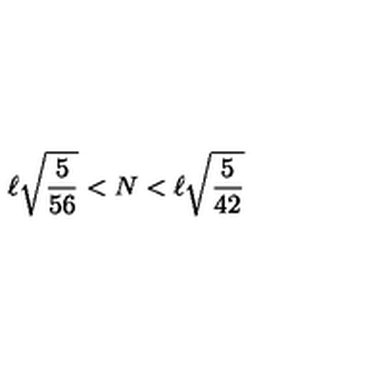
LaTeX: \ell \sqrt { \frac { 5 } { 5 6 } } < N < \ell \sqrt { \frac { 5 } { 4 2 } }